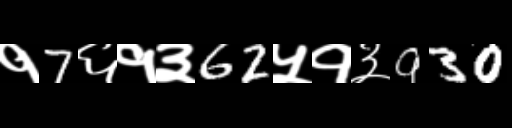
Text: १7६१३62५१३930